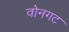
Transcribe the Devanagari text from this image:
वोनगट